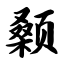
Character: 颡